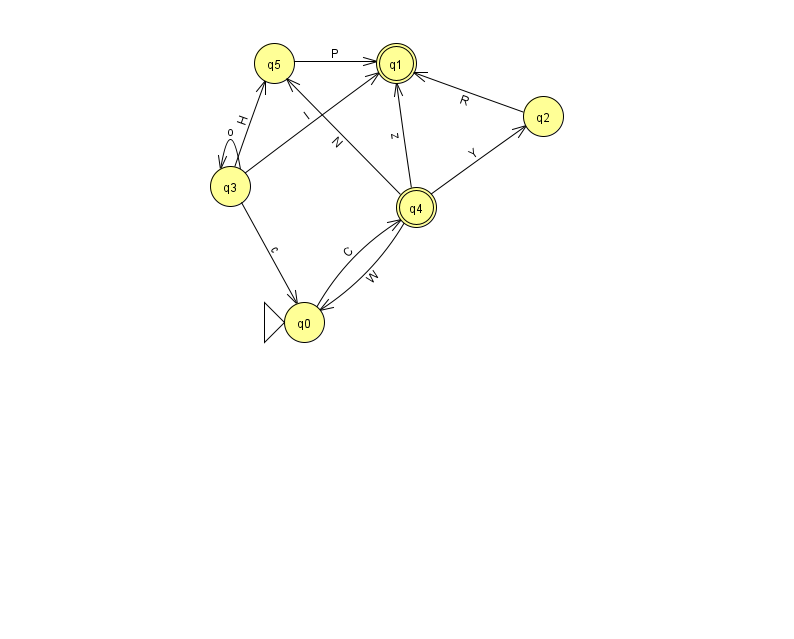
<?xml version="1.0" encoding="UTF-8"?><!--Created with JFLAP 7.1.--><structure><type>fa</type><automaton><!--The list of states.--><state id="0" name="q0"><x>304.0</x><y>309.0</y><initial/></state><state id="1" name="q1"><x>396.0</x><y>50.0</y><final/></state><state id="2" name="q2"><x>543.0</x><y>103.0</y></state><state id="3" name="q3"><x>230.0</x><y>173.0</y></state><state id="4" name="q4"><x>416.0</x><y>194.0</y><final/></state><state id="5" name="q5"><x>274.0</x><y>50.0</y></state><!--The list of transitions.--><transition><from>4</from><to>5</to><read>N</read></transition><transition><from>3</from><to>5</to><read>H</read></transition><transition><from>4</from><to>2</to><read>Y</read></transition><transition><from>3</from><to>1</to><read>l</read></transition><transition><from>5</from><to>1</to><read>P</read></transition><transition><from>2</from><to>1</to><read>R</read></transition><transition><from>4</from><to>0</to><read>W</read></transition><transition><from>3</from><to>0</to><read>c</read></transition><transition><from>4</from><to>1</to><read>z</read></transition><transition><from>0</from><to>4</to><read>C</read></transition><transition><from>3</from><to>3</to><read>o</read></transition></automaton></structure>